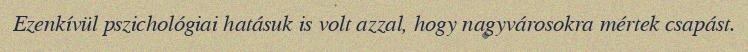
Ezenkívül pszichológiai hatásuk is volt azzal, hogy nagyvárosokra mértek csapást.